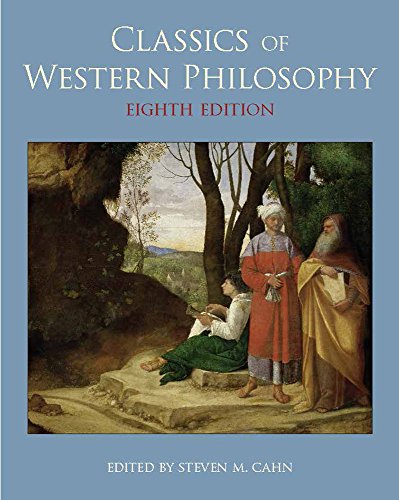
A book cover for Classics of Western Philosophy; Politics & Social Sciences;